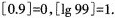
$$\left [ 0.9 \right ]=0$$,$$\left [ \lg 99 \right ]=1$$.